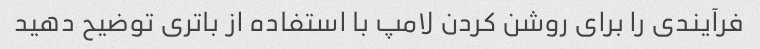
فرآیندی را برای روشن کردن لامپ با استفاده از باتری توضیح دهید